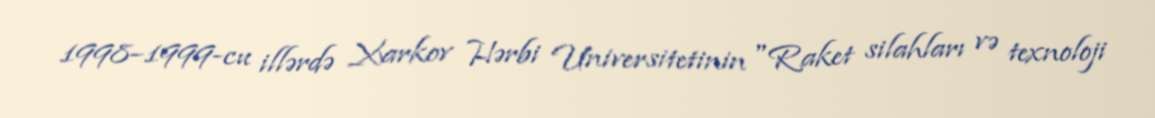
1998–1999-cu illərdə Xarkov Hərbi Universitetinin "Raket silahları və texnoloji